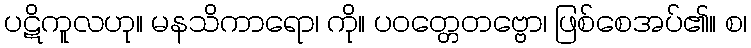
ပဋိကူလဟု။ မနသိကာရော၊ ကို။ ပဝတ္တေတဗ္ဗော၊ ဖြစ်စေအပ်၏။ စ၊